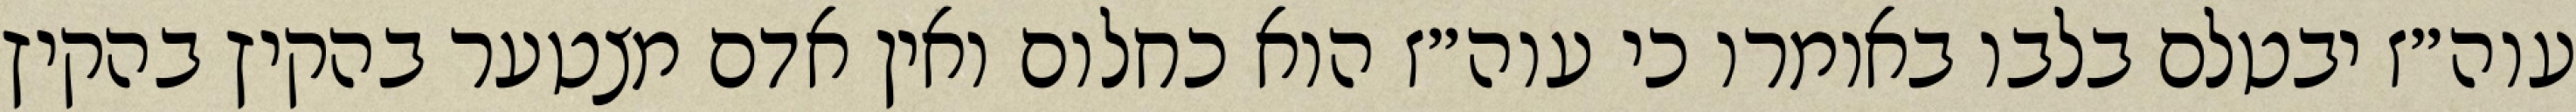
עוה״ז יבטלם בלבו באומרו כי עוה״ז הוא כחלום ואין אדם מצטער בהקיץ בהקיץ